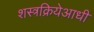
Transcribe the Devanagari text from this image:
शस्त्रक्रियेआधी